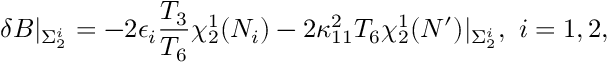
\delta B \vert _ { \Sigma _ { 2 } ^ { i } } = - 2 \epsilon _ { i } { \frac { T _ { 3 } } { T _ { 6 } } } \chi _ { 2 } ^ { 1 } ( N _ { i } ) - 2 \kappa _ { 1 1 } ^ { 2 } T _ { 6 } \chi _ { 2 } ^ { 1 } ( N ^ { \prime } ) \vert _ { \Sigma _ { 2 } ^ { i } } , \ i = 1 , 2 ,